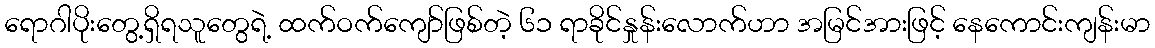
ရောဂါပိုးတွေ့ရှိရသူတွေရဲ့ ထက်ဝက်ကျော်ဖြစ်တဲ့ ၆၁ ရာခိုင်နှုန်းလောက်ဟာ အမြင်အားဖြင့် နေကောင်းကျန်းမာ